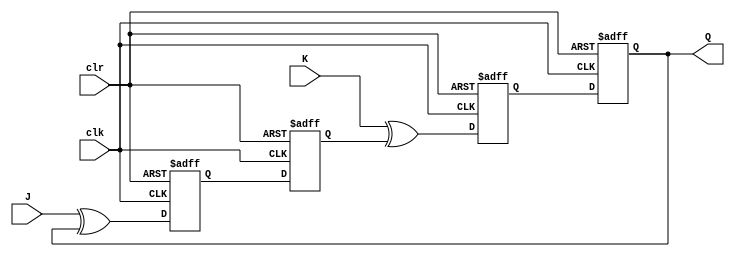
module jk_flip_flop (
    input J, // Input signal to set the flip-flop
    input K, // Input signal to reset the flip-flop
    input clk, // Clock signal
    input clr, // Clear signal
    
    output reg Q // Output signal of the flip-flop
);

reg D1, D2, Q1, Q2;

// Implement the JK flip-flop functionality using two D flip-flops and a multiplexer
always @(posedge clk or posedge clr)
begin
    if (clr) begin
        D1 <= 1'b0;
        D2 <= 1'b0;
    end else begin
        D1 <= J ^ Q2;
        D2 <= K ^ Q1;
    end
end

// D flip-flop 1
always @(posedge clk or posedge clr)
begin
    if (clr) begin
        Q1 <= 1'b0;
    end else begin
        Q1 <= D1;
    end
end

// D flip-flop 2
always @(posedge clk or posedge clr)
begin
    if (clr) begin
        Q2 <= 1'b0;
    end else begin
        Q2 <= D2;
    end
end

// Output
assign Q = Q2;

endmodule